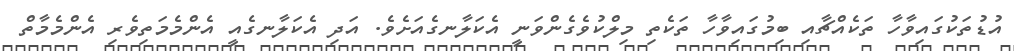
އުޑުތަކުގައިވާހާ ތަކެއްޗާއި ބިމުގައިވާހާ ތަކެތި މިލްކުވެގެންވަނީ އެކަލާނގެއަށެވެ. އަދި އެކަލާނގެއީ އެންމެމަތިވެރި އެންމެމާތް